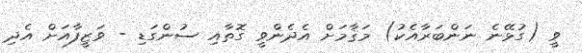
ވީ (ގުޅޭނެ ނަންބަރާއެކު) މަޤާމަށް އެދެންވީ ގޮތާއި ސުންގަޑި - ވަޒީފާއަށް އެދި